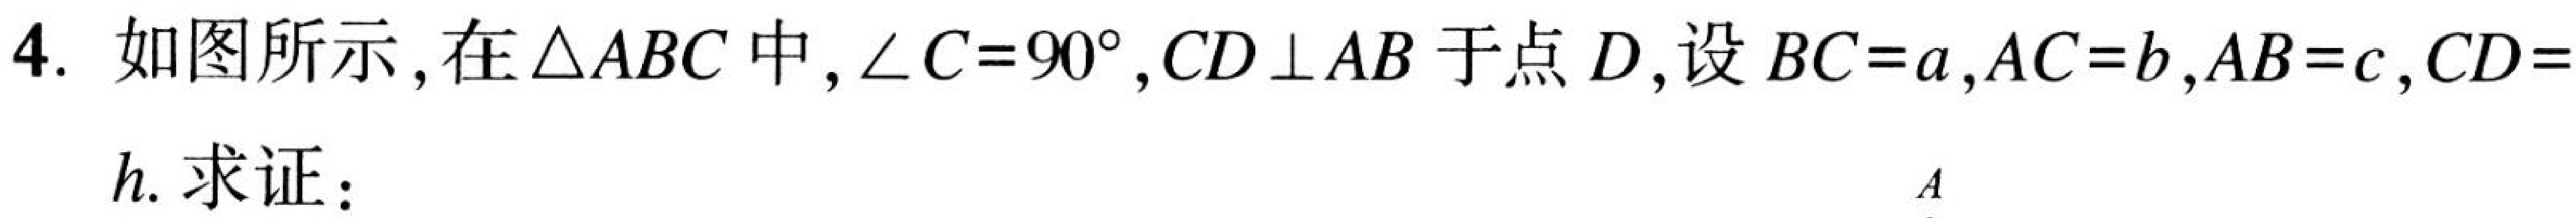
4. 如图所示,在$\triangle ABC$中,$\angle C = 90^{\circ},CD\perp AB$于点$D$,设$BC = a,AC = b,AB = c,CD = h$. 求证：